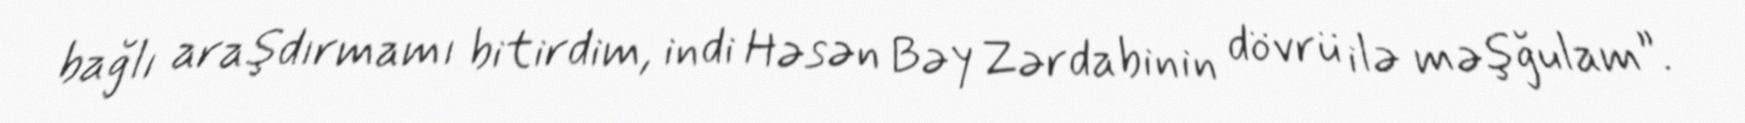
bağlı araşdırmamı bitirdim, indi Həsən Bəy Zərdabinin dövrü ilə məşğulam”.